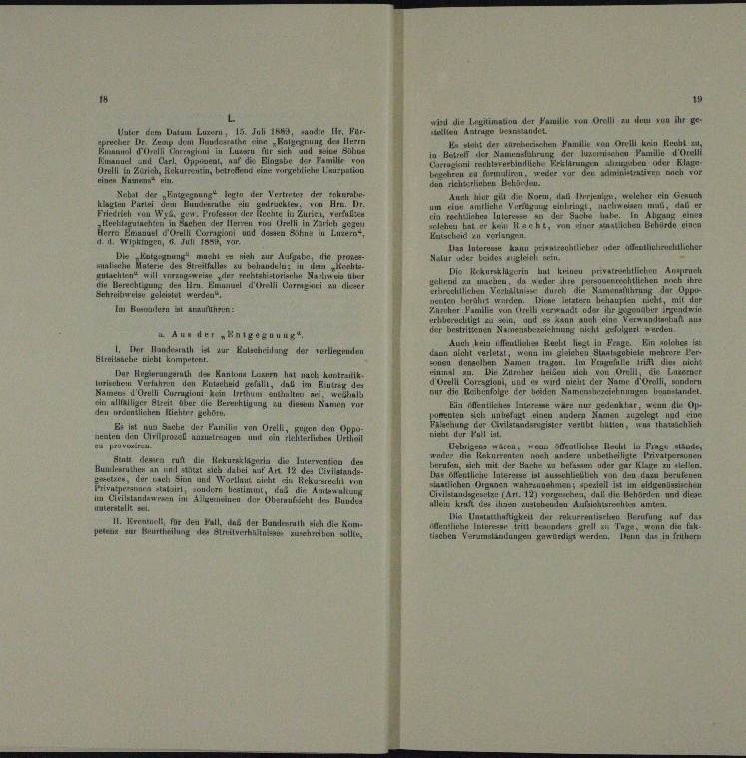
dauer einer seinen eine

der Gemeinen der Hausler von Bratt in denen von der ge
 um Datum Luzern, 15. Juni 1883, sandte Hr. Für-
n
 ruine
u
milie von fi kein ruht
A

d
n
r

n

n
.
t Zürich, Rekurs et in ich pati
.
.
du
a
Ernte.
Vertreter
ng des
Irrjenige, welcher ein Genunt
Aur zu die Kor
iat der Her
in un
dung eine

.

und
e
.

a
u

 Inter kann hier nichtlicher
macht
 nicht zur Aufgabe, die pron
meladen der einen unter

Die Rekursklin hat keinen privatr
chen Anspruch
i
.
et der eine einen eine einen der

e

r

d

un
n

nufuhren

a
n

de
d
AALFEINEntgegnung“,
solches
uh ein Maula Recht liegt in Frage. I
Handesrath zur Kalchrung der verlernun

Streitsache nicht kompetent

nung, den

u

e
Errungsrath des Kanton Lanen hat
Austrak
n
11, un

              ..  .. ......

Ein entlichen war nur gedenkbar, wenn in d

 einen
e

t aus Sache der Familie von Freil
Eigen den Opf

ates den
 anzu
i in
uvru
Uebrige Pra

 . . . . .
u
u einen in der einen

as allenthien

u

n

                                                     einen eine einem
unterstelle
Die Instigkeit der rekurrentischen Her
.

.
sehen Vermutungen
u